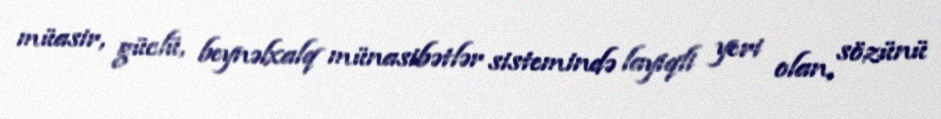
müasir, güclü, beynəlxalq münasibətlər sistemində layiqli yeri olan, sözünü